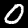
Label: 0